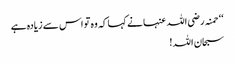
‘‘ حمنہ رضی اللہ عنہا نے کہا کہ وہ تو اس سے زیادہ ہے
سبحان اللہ !